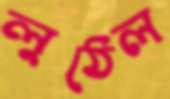
লুঠেল